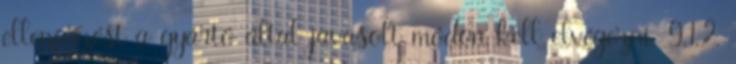
ellenõrzést a gyártó által javasolt módon kell elvégezni. 9.1.2.